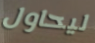
ليحاول